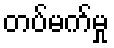
တပ်မက်မှု